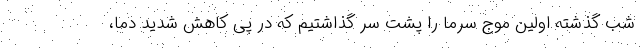
شب گذشته اولین موج سرما را پشت سر گذاشتیم که در پی کاهش شدید دما،